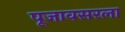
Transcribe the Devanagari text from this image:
पूजावसरला